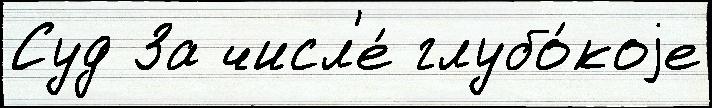
Суд За числ'е́ глубо́коjе